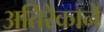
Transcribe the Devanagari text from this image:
अतिरेकाने